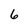
Character: 6